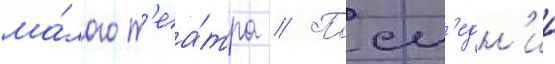
ма́лого т'еа́тра // Посл'едн'ии